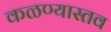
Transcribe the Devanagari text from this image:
कळण्यास्तव